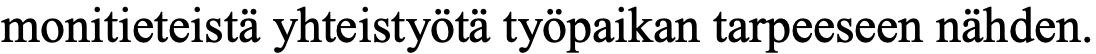
monitieteistä yhteistyötä työpaikan tarpeeseen nähden.